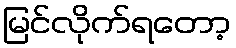
မြင်လိုက်ရတော့